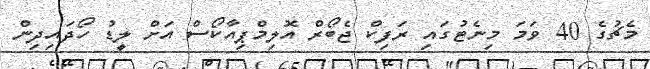
މެޗުގެ 40 ވަމަ މިނެޓުގައި ރަފިކް ޖެބޯރް އޮލިމްޕިއާކޯސް އަށް ލީޑު ހޯދައިދިން